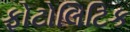
ફોટોલિટિક